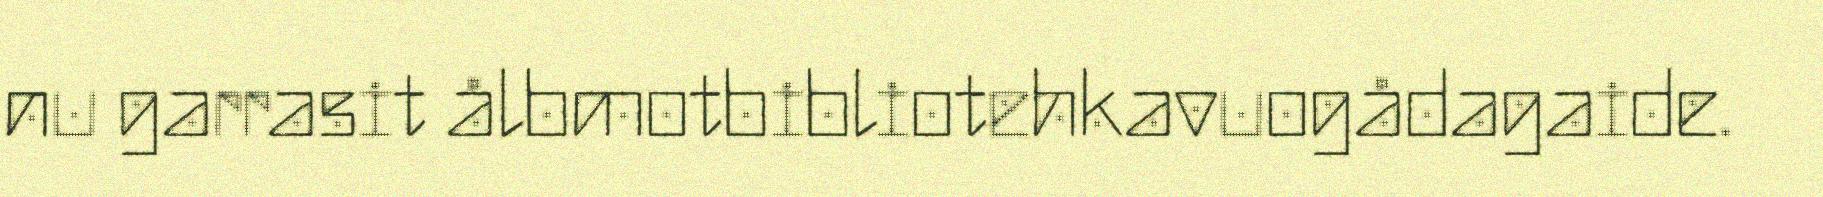
nu garrasit ålbmotbibliotehkavuogådagaide.